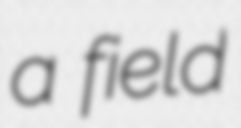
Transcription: a field